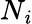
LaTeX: N_{\mathit{i}}